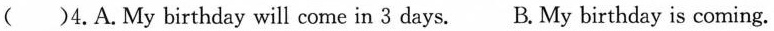
()4. A. My birthday will come in 3 days. B. My birthday is coming.